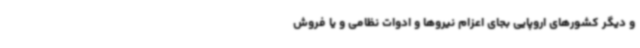
و دیگر کشورهای اروپایی بجای اعزام نیروها و ادوات نظامی و یا فروش